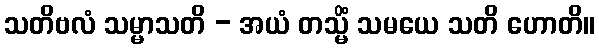
သတိဗလံ သမ္မာသတိ - အယံ တသ္မိံ သမယေ သတိ ဟောတိ။